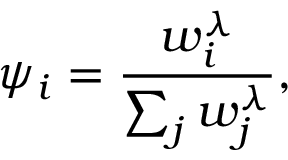
\psi _ { i } = \frac { w _ { i } ^ { \lambda } } { \sum _ { j } w _ { j } ^ { \lambda } } ,